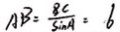
A B = \frac { 8 C } { \sin A } = 6